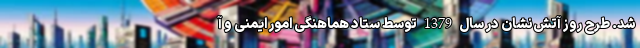
شد. طرح روز آتش‌نشان در سال 1379 توسط ستاد هماهنگی امور ایمنی و آ